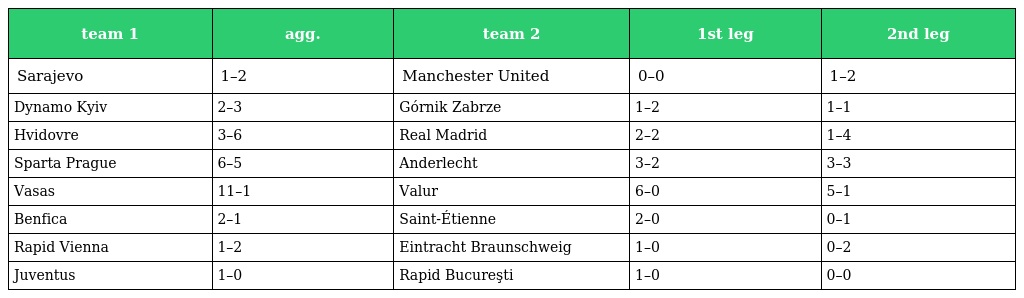
| team 1 | agg. | team 2 | 1st leg | 2nd leg |
 | --- | --- | --- | --- | --- |
 | Sarajevo | 1–2 | Manchester United | 0–0 | 1–2 |
 | Dynamo Kyiv | 2–3 | Górnik Zabrze | 1–2 | 1–1 |
 | Hvidovre | 3–6 | Real Madrid | 2–2 | 1–4 |
 | Sparta Prague | 6–5 | Anderlecht | 3–2 | 3–3 |
 | Vasas | 11–1 | Valur | 6–0 | 5–1 |
 | Benfica | 2–1 | Saint-Étienne | 2–0 | 0–1 |
 | Rapid Vienna | 1–2 | Eintracht Braunschweig | 1–0 | 0–2 |
 | Juventus | 1–0 | Rapid Bucureşti | 1–0 | 0–0 |